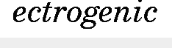
ectrogenic